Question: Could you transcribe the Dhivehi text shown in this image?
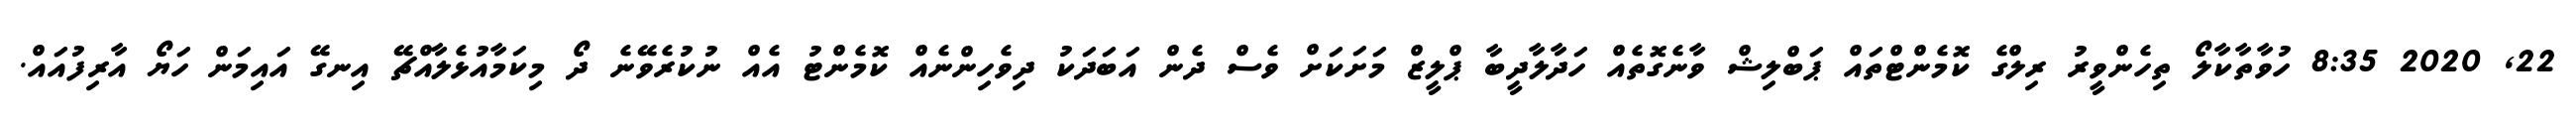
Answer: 22, 2020 8:35 ހުވާތާކާލޯ ތިހެންވީރު ރިލްގެ ކޮމެންޓްތައް ޕަބްލިޝް ވާނެގޮތެއް ހަދާލާދީބާ ޕްލީޒް މަށަކަށް ވެސް ދެން އަބަދަކު ދިވެހިންނެއް ކޮމެންޓު އެއް ނުކުރެވޭނެ ދޯ މިކަމާއުޅެލާއްޗޭ އިނގޭ އައިމަން ހަޔޯ އާރިފުއައް.